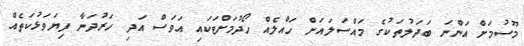
މޫސުމަށް އަންނަ ބަދަލުތަކުގެ މައްސަލައަށް ހައްލެއް ހޯދުމަށްޓަކައި އަވަސް އަދި ހަރުދަނާ ފިޔަވަޅުކަތެއް